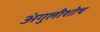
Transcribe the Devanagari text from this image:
अंगुलीशोथ